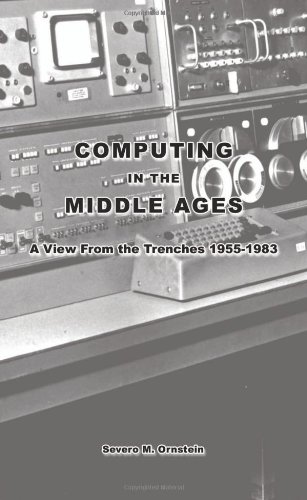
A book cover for Computing in the Middle Ages: A View From the Trenches 1955-1983; Severo Ornstein; Computers & Technology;